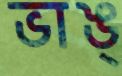
ভাঙ্